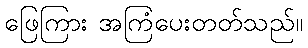
ဖြေကြား အကြံပေးတတ်သည်။